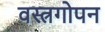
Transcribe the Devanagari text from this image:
वस्त्रगोपन